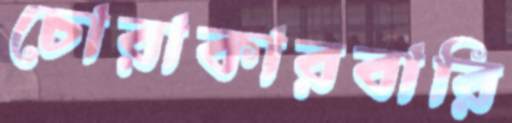
চোরাকারবারি